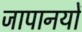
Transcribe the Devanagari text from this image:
जापानयों